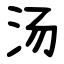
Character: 汤